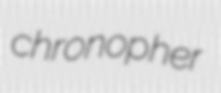
chronopher